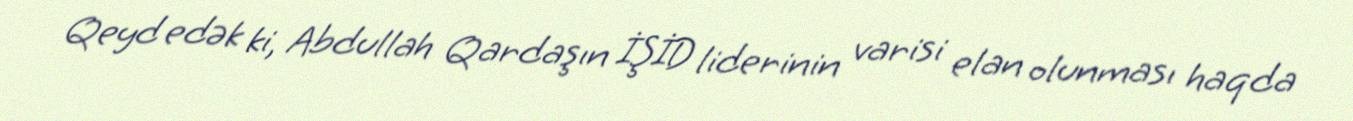
Qeyd edək ki, Abdullah Qardaşın İŞİD liderinin varisi elan olunması haqda